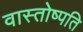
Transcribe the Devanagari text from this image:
वास्तोष्पति